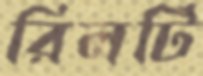
রিলটি